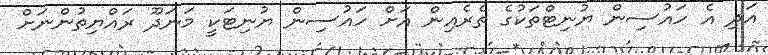
އަދި އެ ހައުސިން ޔުނިޓްތަކުގެ ތެރެއިން އަށް ހައުސިން ޔުނިޓަކީ މަނަދޫ ރައްޔިތުންނަށް